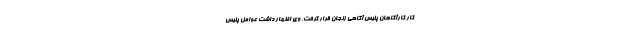
کار کارآگاهان پلیس آگاهی زنجان قرار گرفت. وی اظهار داشت عوامل پلیس